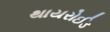
થાયરોઈડ